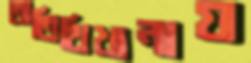
অতিথিখানায়